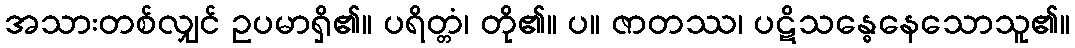
အသားတစ်လျှင် ဥပမာရှိ၏။ ပရိတ္တံ၊ တို၏။ ပ။ ဇာတဿ၊ ပဋိသန္ဓေနေသောသူ၏။